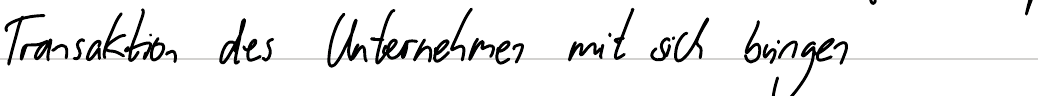
Transaktion des Unternehmen mit sich bringen